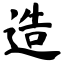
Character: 造